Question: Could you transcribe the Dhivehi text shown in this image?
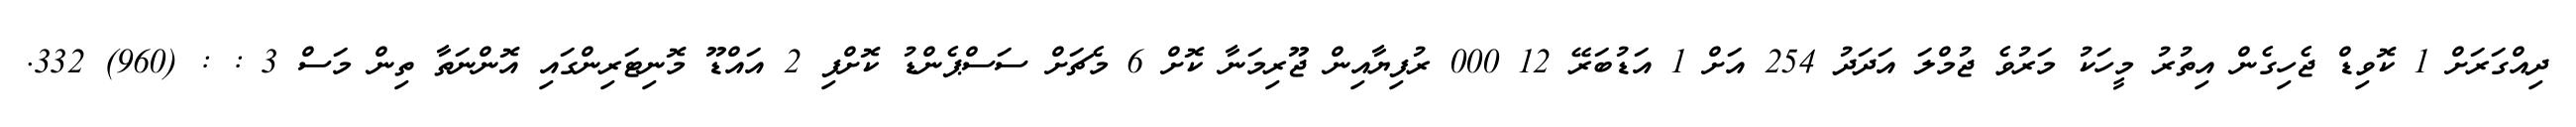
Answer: ދިއްގަރަށް 1 ކޮވިޑް ޖެހިގެން އިތުރު މީހަކު މަރުވެ ޖުމްލަ އަދަދު 254 އަށް 1 އަޑުބަރޭ 12 000 ރުފިޔާއިން ޖޫރިމަނާ ކޮށް 6 މެޗަށް ސަސްޕެންޑު ކޮށްފި 2 އައްޑޫ މޮނިޓަރިންގައި އޮންނަތާ ތިން މަސް 3 : : (960) 332.